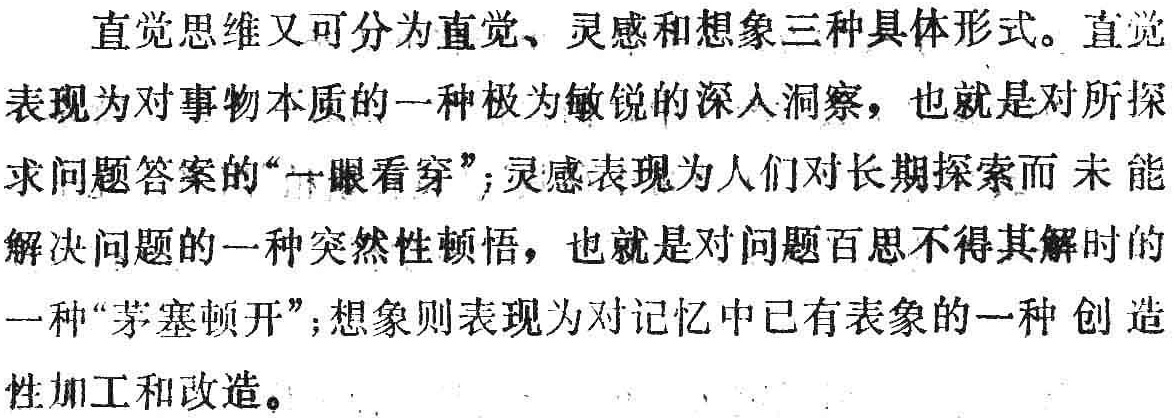
直觉思维又可分为直觉、灵感和想象三种具体形式。直觉表现为对事物本质的一种极为敏锐的深入洞察，也就是对所探求问题答案的“一眼看穿”;灵感表现为人们对长期探索而未能解决问题的一种突然性顿悟，也就是对问题百思不得其解时的一种“茅塞顿开”;想象则表现为对记忆中已有表象的一种创造性加工和改造。